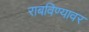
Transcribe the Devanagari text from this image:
राबविण्यावर